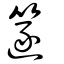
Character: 篴